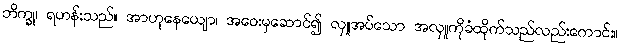
ဘိက္ခု၊ ရဟန်းသည်။ အာဟုနေယျော၊ အဝေးမှဆောင်၍ လှူအပ်သော အလှူကိုခံထိုက်သည်လည်းကောင်း။